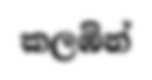
කලඹින්